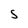
Character: S